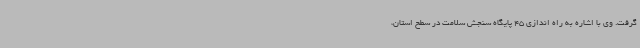
گرفت. وی با اشاره به راه اندازی 45 پایگاه سنجش سلامت در سطح استان،